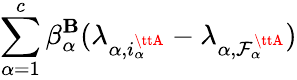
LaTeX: \sum_{\alpha=1}^{c}\beta_{\alpha}^{\tt\mathbf{B}}(\lambda_{\alpha,i_{\alpha}^{\ttA}}-\lambda_{\alpha,\mathcal{F}_{\alpha}^{\ttA}})